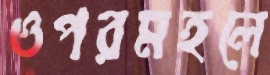
ওপরমহলে